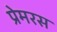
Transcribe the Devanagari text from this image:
प्रेमरस